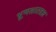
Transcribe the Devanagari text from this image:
भ्रूणशास्त्रज्ञ